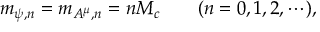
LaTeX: m _ { \psi , n } = m _ { A ^ { \mu } , n } = n M _ { c } \qquad ( n = 0 , 1 , 2 , \cdots ) ,